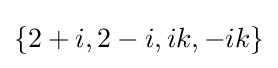
\{2+i,2-i,ik,-ik\}